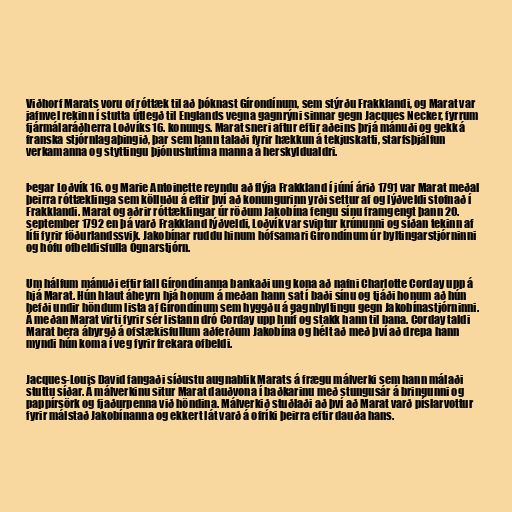
Viðhorf Marats voru of róttæk til að þóknast Gírondínum, sem stýrðu Frakklandi, og Marat var
jafnvel rekinn í stutta útlegð til Englands vegna gagnrýni sinnar gegn Jacques Necker, fyrrum
fjármálaráðherra Loðvíks 16. konungs. Marat sneri aftur eftir aðeins þrjá mánuði og gekk á
franska stjórnlagaþingið, þar sem hann talaði fyrir hækkun á tekjuskatti, starfsþjálfun
verkamanna og styttingu þjónustutíma manna á herskyldualdri.

Þegar Loðvík 16. og Marie Antoinette reyndu að flýja Frakkland í júní árið 1791 var Marat meðal
þeirra róttæklinga sem kölluðu á eftir því að konungurinn yrði settur af og lýðveldi stofnað í
Frakklandi. Marat og aðrir róttæklingar úr röðum Jakobína fengu sínu framgengt þann 20.
september 1792 en þá varð Frakkland lýðveldi, Loðvík var sviptur krúnunni og síðan tekinn af
lífi fyrir föðurlandssvik. Jakobínar ruddu hinum hófsamari Gírondínum úr byltingarstjórninni
og hófu ofbeldisfulla Ógnarstjórn.

Um hálfum mánuði eftir fall Gírondínanna bankaði ung kona að nafni Charlotte Corday upp á
hjá Marat. Hún hlaut áheyrn hjá honum á meðan hann sat í baði sínu og tjáði honum að hún
hefði undir höndum lista af Gírondínum sem hyggðu á gagnbyltingu gegn Jakobínastjórninni.
Á meðan Marat virti fyrir sér listann dró Corday upp hníf og stakk hann til bana. Corday taldi
Marat bera ábyrgð á ofstækisfullum aðferðum Jakobína og hélt að með því að drepa hann
myndi hún koma í veg fyrir frekara ofbeldi.

Jacques-Louis David fangaði síðustu augnablik Marats á frægu málverki sem hann málaði
stuttu síðar. Á málverkinu situr Marat dauðvona í baðkarinu með stungusár á bringunni og
pappírsörk og fjaðurpenna við höndina. Málverkið stuðlaði að því að Marat varð píslarvottur
fyrir málstað Jakobínanna og ekkert lát varð á ofríki þeirra eftir dauða hans.